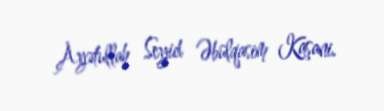
Ayətullah Seyid Əbülqasim Kaşani.